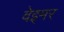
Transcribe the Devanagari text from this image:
वेइमर